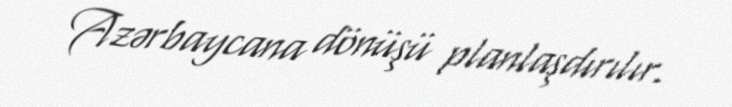
Azərbaycana dönüşü planlaşdırılır.